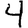
Digit: 4